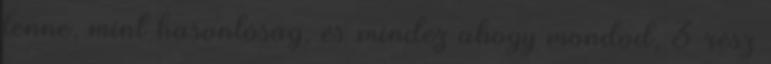
lenne, mint hasonlóság. és mindez ahogy mondod, 3 rész